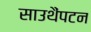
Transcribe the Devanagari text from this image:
साउथैंपटन